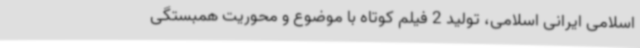
اسلامی ایرانی اسلامی، تولید 2 فیلم کوتاه با موضوع و محوریت همبستگی